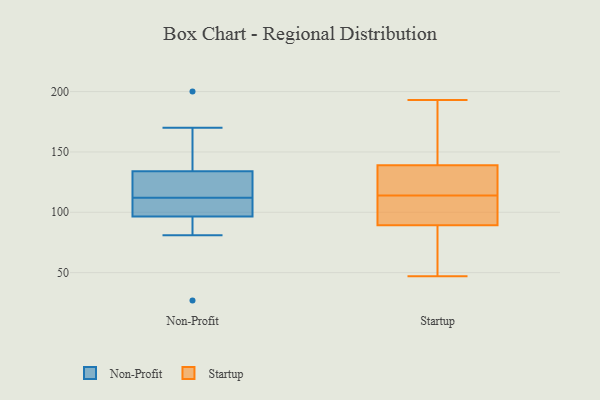
{"axis": {"x": "Churn Rate (%)", "y": "Value"}, "legend": ["Non-Profit", "Startup"], "data": [{"x": "", "y": 96, "type": "Non-Profit"}, {"x": "", "y": 122, "type": "Non-Profit"}, {"x": "", "y": 116, "type": "Non-Profit"}, {"x": "", "y": 200, "type": "Non-Profit"}, {"x": "", "y": 138, "type": "Non-Profit"}, {"x": "", "y": 27, "type": "Non-Profit"}, {"x": "", "y": 98, "type": "Non-Profit"}, {"x": "", "y": 112, "type": "Non-Profit"}, {"x": "", "y": 81, "type": "Non-Profit"}, {"x": "", "y": 102, "type": "Non-Profit"}, {"x": "", "y": 170, "type": "Non-Profit"}, {"x": "", "y": 96, "type": "Startup"}, {"x": "", "y": 119, "type": "Startup"}, {"x": "", "y": 99, "type": "Startup"}, {"x": "", "y": 82, "type": "Startup"}, {"x": "", "y": 143, "type": "Startup"}, {"x": "", "y": 114, "type": "Startup"}, {"x": "", "y": 47, "type": "Startup"}, {"x": "", "y": 150, "type": "Startup"}, {"x": "", "y": 127, "type": "Startup"}, {"x": "", "y": 193, "type": "Startup"}, {"x": "", "y": 87, "type": "Startup"}]}